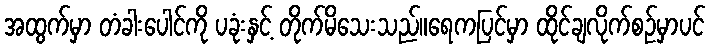
အထွက်မှာ တံခါးပေါင်ကို ပခုံးနှင့် တိုက်မိသေးသည်။ရေကပြင်မှာ ထိုင်ချလိုက်စဉ်မှာပင်